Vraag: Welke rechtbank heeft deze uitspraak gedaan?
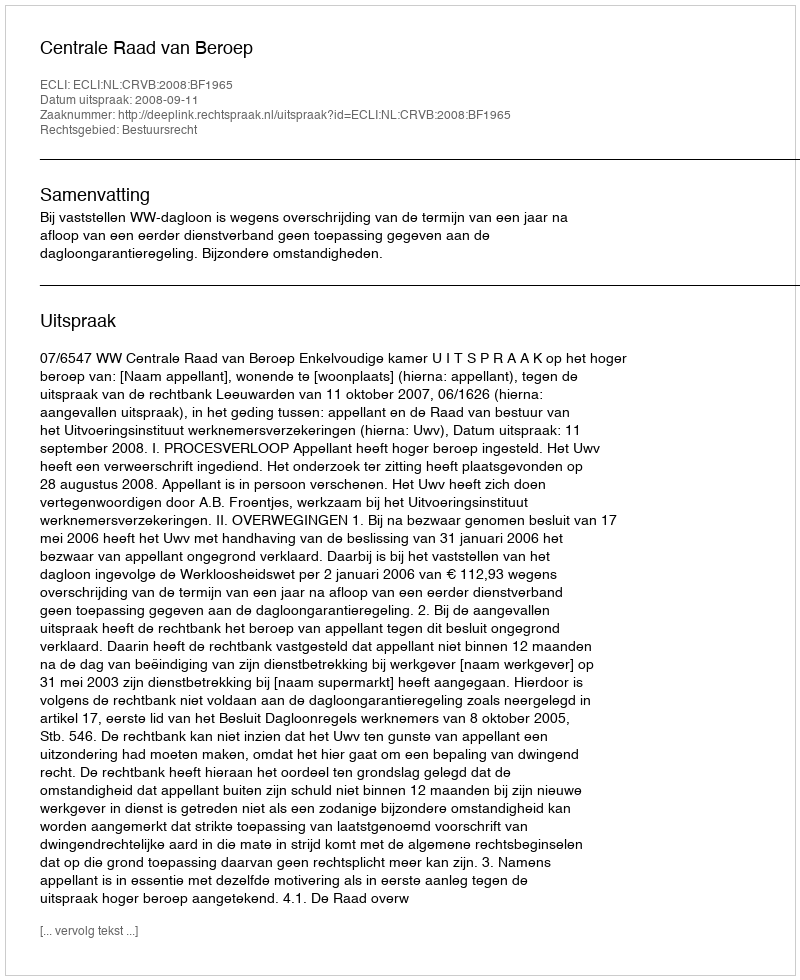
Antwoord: Centrale Raad van Beroep